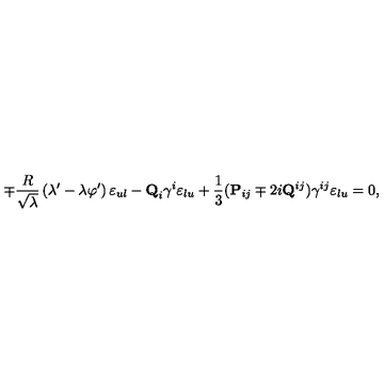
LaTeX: \mp { \frac { R } { \sqrt { \lambda } } } \left( \lambda ^ { \prime } - \lambda \varphi ^ { \prime } \right) \varepsilon _ { u l } - { \bf Q } _ { i } \gamma ^ { i } \varepsilon _ { l u } + { \frac { 1 } { 3 } } ( { \bf P } _ { i j } \mp 2 i { \bf Q } ^ { i j } ) \gamma ^ { i j } \varepsilon _ { l u } = 0 ,